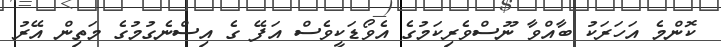
ކޮންމެ އަހަރަކު ބާއްވާ ނޫސްވެރިކަމުގެ އެވޯޑަކީވެސް އަފޭ ގެ އިސްނެގުމުގެ މަތިން އޭރު